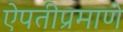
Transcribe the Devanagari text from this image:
ऐपतीप्रमाणे